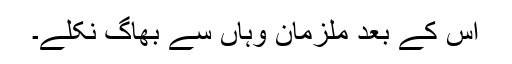
اس کے بعد ملزمان وہاں سے بھاگ نکلے۔